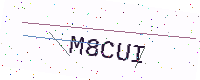
Text: M8CUI